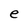
Character: e